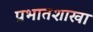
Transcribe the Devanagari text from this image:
प्रभातशाखा